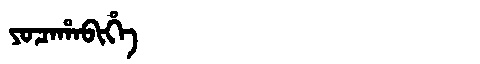
Manchu: ᠶᠣᠴᠠᡥᠠᠪᡳᡥᡝ
Romanization: YOCAHABIHE